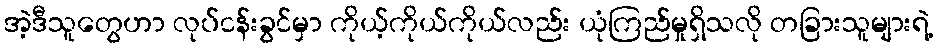
အဲ့ဒီသူတွေဟာ လုပ်ငန်းခွင်မှာ ကိုယ့်ကိုယ်ကိုယ်လည်း ယုံကြည်မှုရှိသလို တခြားသူများရဲ့